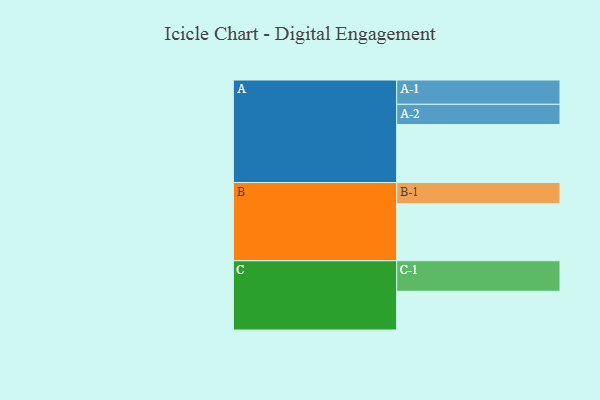
{"axis": {"x": "Segment", "y": "Value"}, "legend": ["", "A", "B", "C"], "data": [{"x": "A", "y": 556, "type": ""}, {"x": "B", "y": 546, "type": ""}, {"x": "C", "y": 371, "type": ""}, {"x": "A-1", "y": 233, "type": "A"}, {"x": "A-2", "y": 194, "type": "A"}, {"x": "B-1", "y": 204, "type": "B"}, {"x": "C-1", "y": 293, "type": "C"}]}